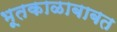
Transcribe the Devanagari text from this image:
भूतकाळाबाबत